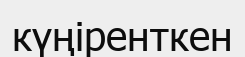
күңіренткен